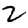
Digit: 2